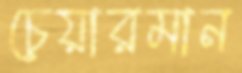
চেয়ারমান